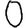
Digit: 0